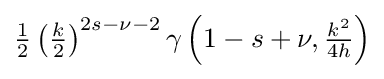
{\tfrac {1}{2}}\left({\tfrac {k}{2}}\right)^{2s-\nu -2}\gamma \left(1-s+\nu ,{\tfrac {k^{2}}{4h}}\right)